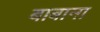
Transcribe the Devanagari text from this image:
बाबाना